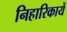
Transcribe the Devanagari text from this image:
निहारिकायें